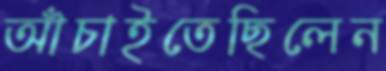
আঁচাইতেছিলেন